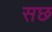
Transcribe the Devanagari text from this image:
सछ